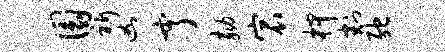
圜祈凶亨劾宸柙割弛